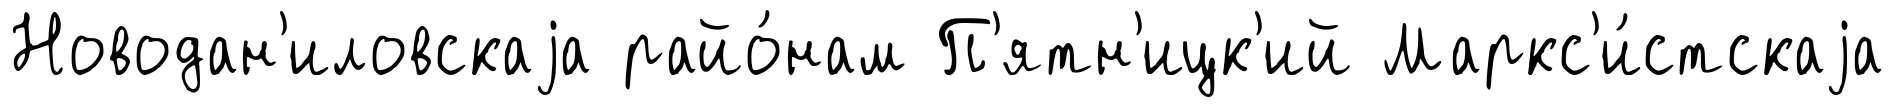
Новодан'иловскаjа райо́нам П'ятн'ицк'ий Маркс'и́стскаjа